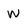
Character: W